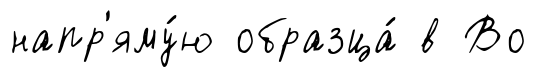
напр'яму́ю образца́ в Во